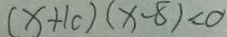
( x + 1 c ) ( x - 8 ) < 0